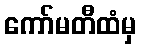
ကော်မတီထံမှ